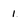
Character: 1